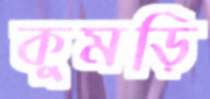
কুমড়ি